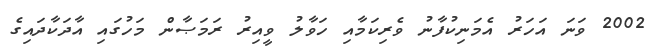
2002 ވަނަ އަހަރު އެމަނިކުފާނު ވެރިކަމާއި ހަވާލު ވީއިރު ރަމަޞާން މަހުގައި އާދަކާދައިގެ